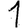
Digit: 1